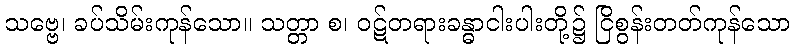
သဗ္ဗေ၊ ခပ်သိမ်းကုန်သော။ သတ္တာ စ၊ ဝဋ်တရားခန္ဓာငါးပါးတို့၌ ငြိစွန်းတတ်ကုန်သော